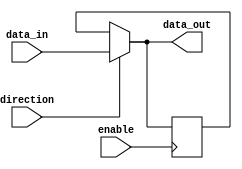
module IOBuffer (
    input wire data_in,
    output wire data_out,
    input wire direction,
    input wire enable
);

reg buffered_data;

assign data_out = (direction) ? data_in : buffered_data;

always @(posedge enable) begin
    if (direction)
        buffered_data <= data_in;
end

endmodule